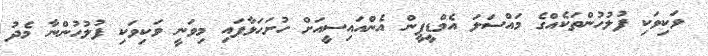
ވަކިވަކި ފުލުހުންތަކެއްގެ މައްސަލަ އެމްޑީޕީން އެންއައިސީއަށް ހުށަހަޅާފައި މިވަނީ ވަކިވަކި ފުލުހުންނާ މެދު